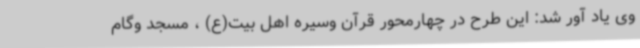
وی یاد آور شد: این طرح در چهارمحور قرآن وسیره اهل بیت(ع) ، مسجد وگام